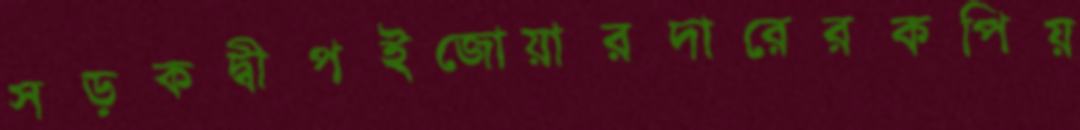
সড়কদ্বীপইজোয়ারদারেরকপিয়